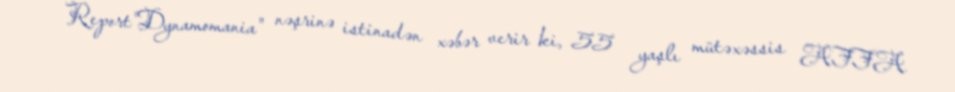
Report"Dynamomania" nəşrinə istinadən xəbər verir ki, 55 yaşlı mütəxəssis AFFA